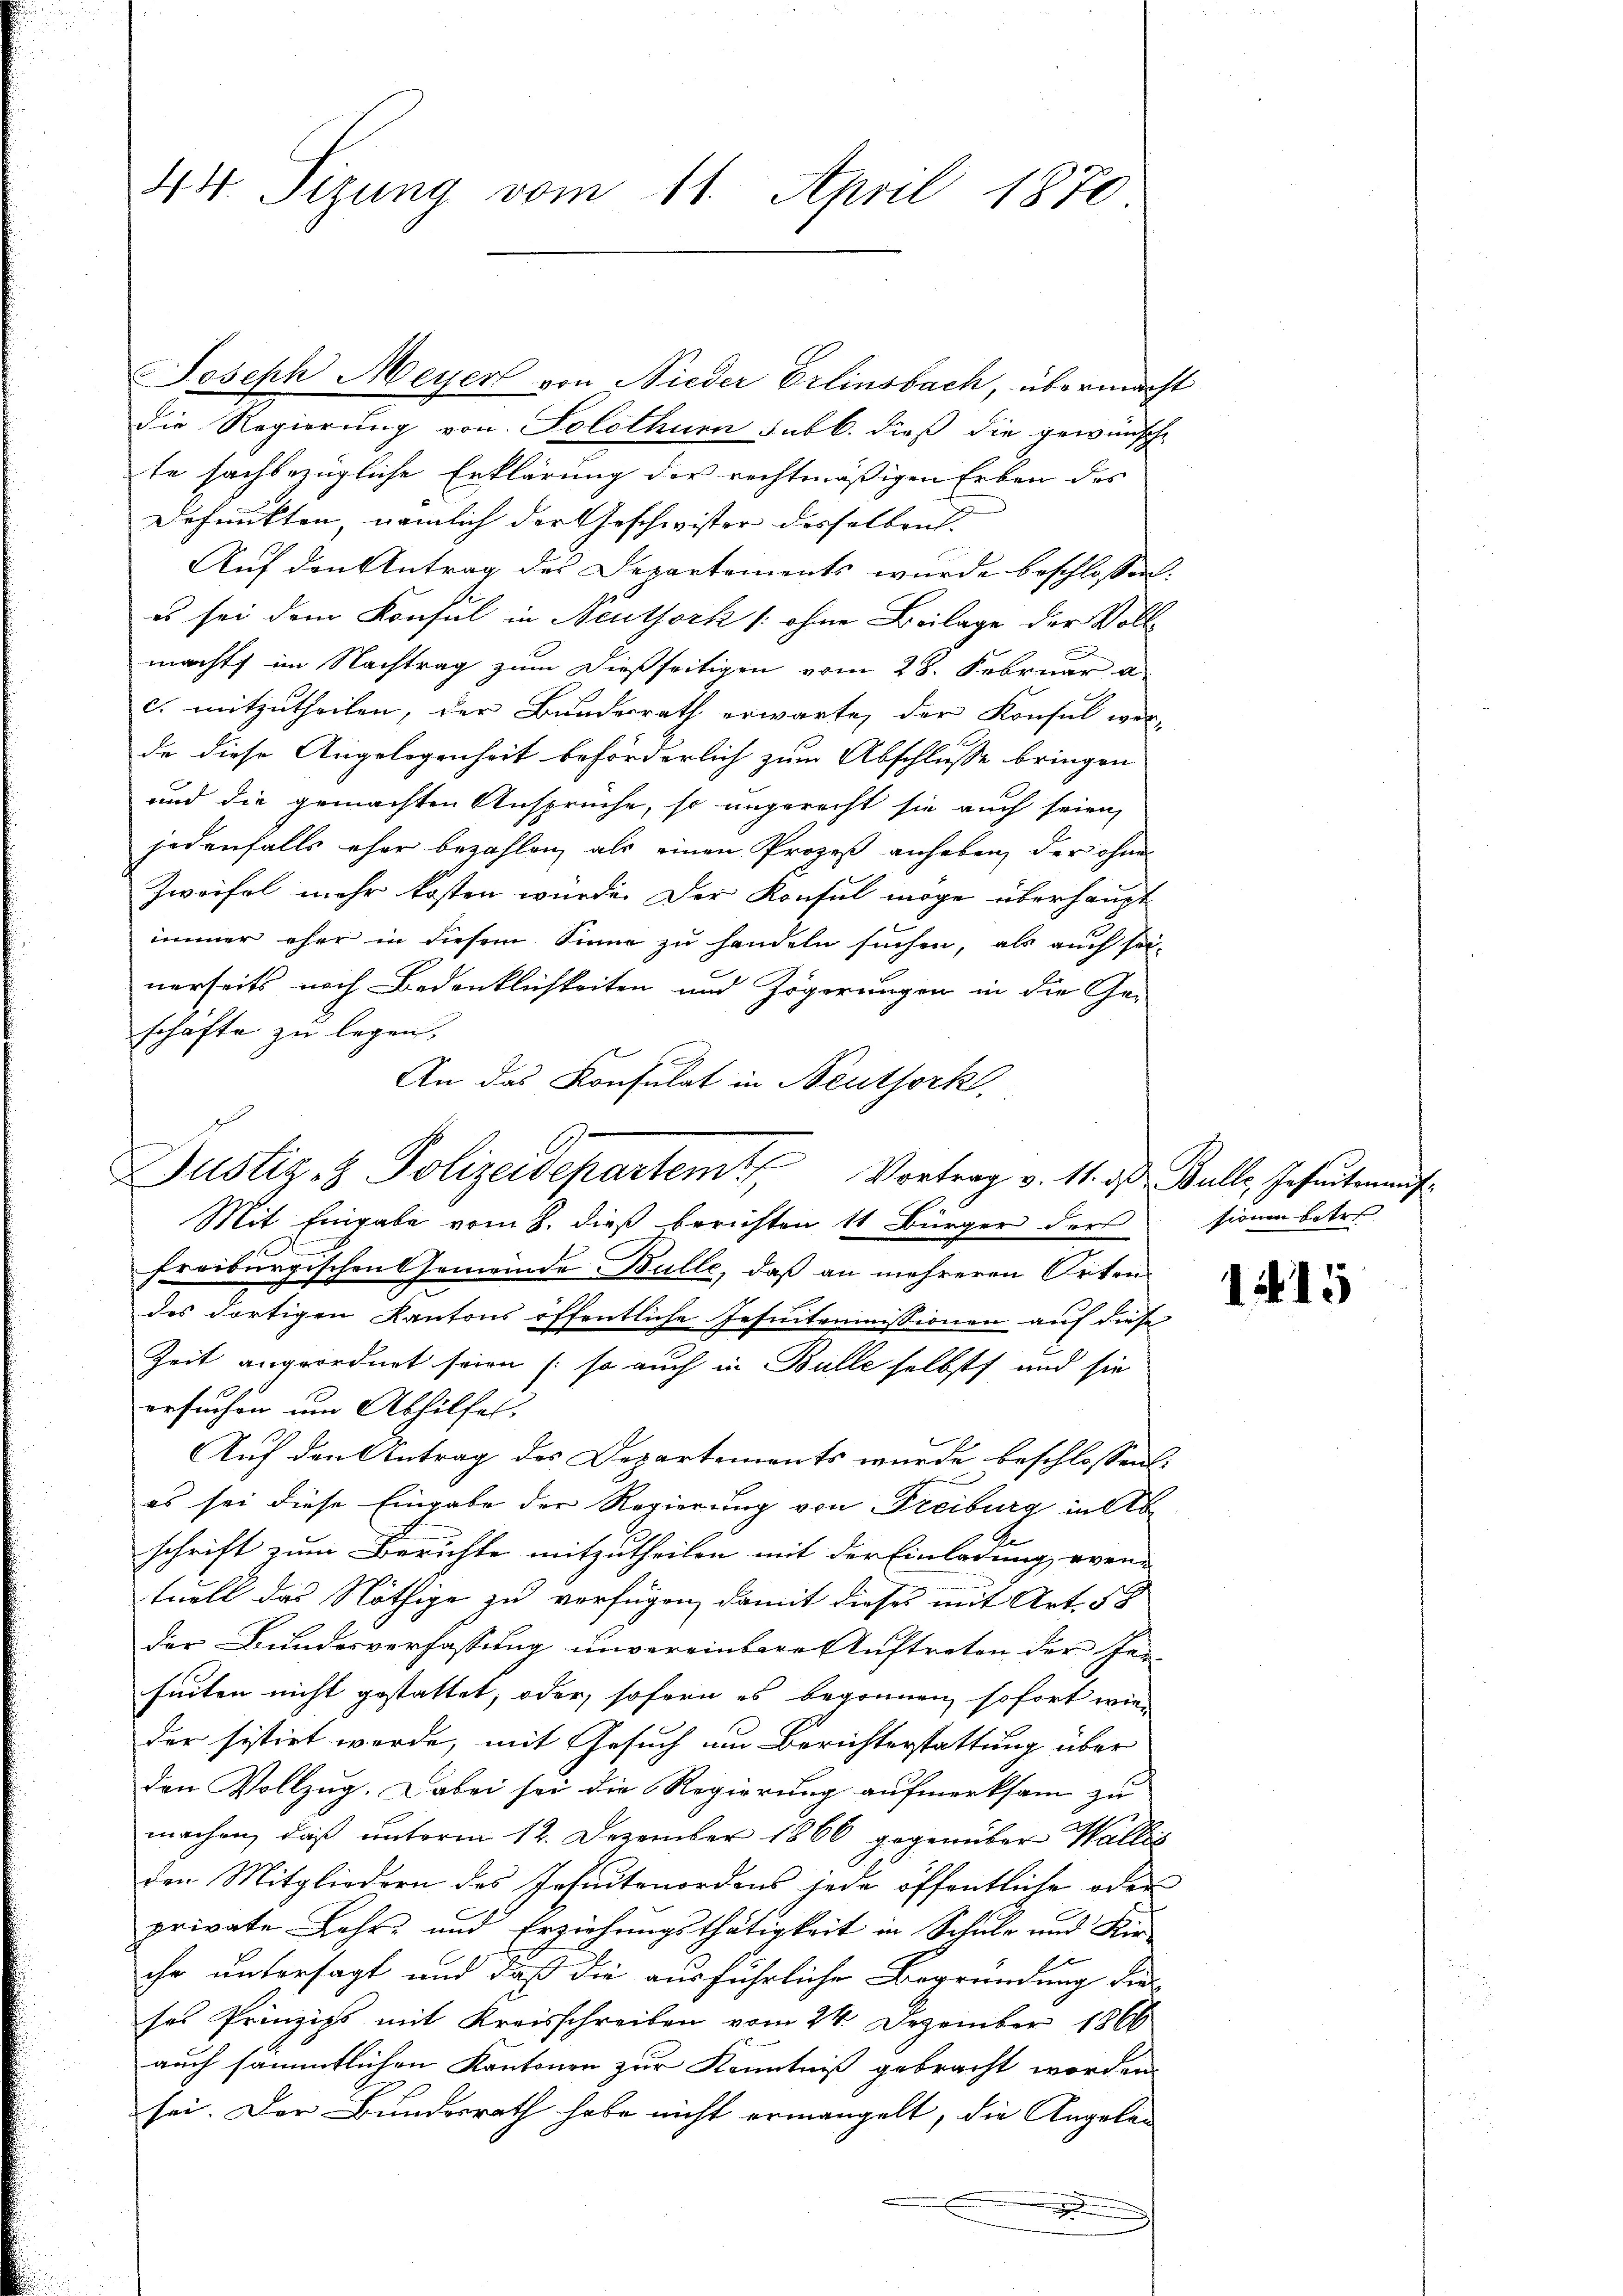
44. Sizung vom 11. April 1870

Joseph Meyer von Nieder Erlinsbach, übermacht
die Regierung von Solothurn subl. dieß die gewünsche
te sachbezügliche Erklärung der rechtmäßigen Erben des
Defunkten, nämlich der Geschwister desselben.
Auf den Antrag des Departements wurde beschlossen:
es sei dem Konsul in Neuthork (ohne Beilage der Vollmacht, im Nachtrag zum dießseitigen vom 28. Februar a
c. mitzutheilen, der Bundesrath erwarte, der Konsul wer-
de diese Angelegenheit beförderlich zum Abschlusse bringen
und die gemachten Ansprüche, so ungerecht sie auch seien
jedenfalls eher bezahlen, als einen Prozeß anheben, der ohnes
Zweifel mehr kosten würde. Der Konsul möge überhaupt
immer eher in diesem Sinne zu handeln suchen, als auch sei-
nerseits nach Bedenklichkeiten und Zögerungen in die Ge-
schafte zu legen.
An das Konsulat in Neuthork
.
freiburgischen Gemeinde Bulle, daß an mehreren Orten
des dortigen Kantons öffentliche Insintenimissionen auf diese
Zeit angeordnet seien (so auch in Bulle selbst und sie
ersuchen um Abhilfel.
Auf den Antrag des Departements wurde beschlossens
es sei diese Eingabe der Regierung von Freiburg in Abschrift zum Berichte mitzutheilen mit der Einladung even-
tuell das Nöthige zu verfügen, damit dieses mit Art. 58
der Bundesverfassung unvereinbare Auftreten der Jer-
seiten nicht gestattet, oder, sofern es begonnen, sofort wie-
der sistirt werde, mit Gesuch um Berichterstattung über
den Vollzug. Dabei sei die Regierung aufmerksam zu
machen, daß unterm 12. Dezember 1866 gegenüber Wallis
den Mitgliedern des Jesuitenordens jede öffentliche oder
private Lehr- und Erziehungsthätigkeit in Schule und Fir
ihr untersagt und daß die ausführliche Begründung die
ses Prinzips mit Kreisschreiben vom 24. Dezember 1866
auch sämmtlichen Kantonen zur Kenntniß gebracht worden.
sei. Der Bundesrath habe nicht ermangelt, die Angeben
.
.

Justiz- & Polizeidepartem Vortrag v. 11. d. Bulle, Geseten aŭf
Mit Eingabe vom 8. dieß berichten 11 Bürger der sienen betre

1415